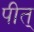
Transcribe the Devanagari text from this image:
पीत्